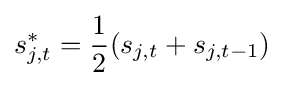
s_{j,t}^{*}={\frac {1}{2}}(s_{j,t}+s_{j,t-1})